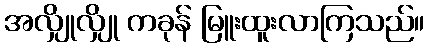
အလျှိုလျှို ကခုန် မြူးထူးလာကြသည်။